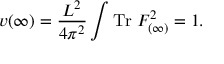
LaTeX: v ( \infty ) = \frac { L ^ { 2 } } { 4 \pi ^ { 2 } } \int \mathrm { T r } \; F _ { ( \infty ) } ^ { 2 } = 1 .